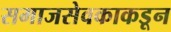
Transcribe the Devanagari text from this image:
समाजसेवकाकडून